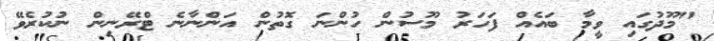
"މޫދުގައި ވީމާ ބައެއް ފަހަރު މޫސުން ހުންނަ ގޮތުން އަންނާނެ ޓްރޭނިން ނުކުރެވޭ